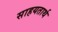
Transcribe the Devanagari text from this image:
साहयतार्थ